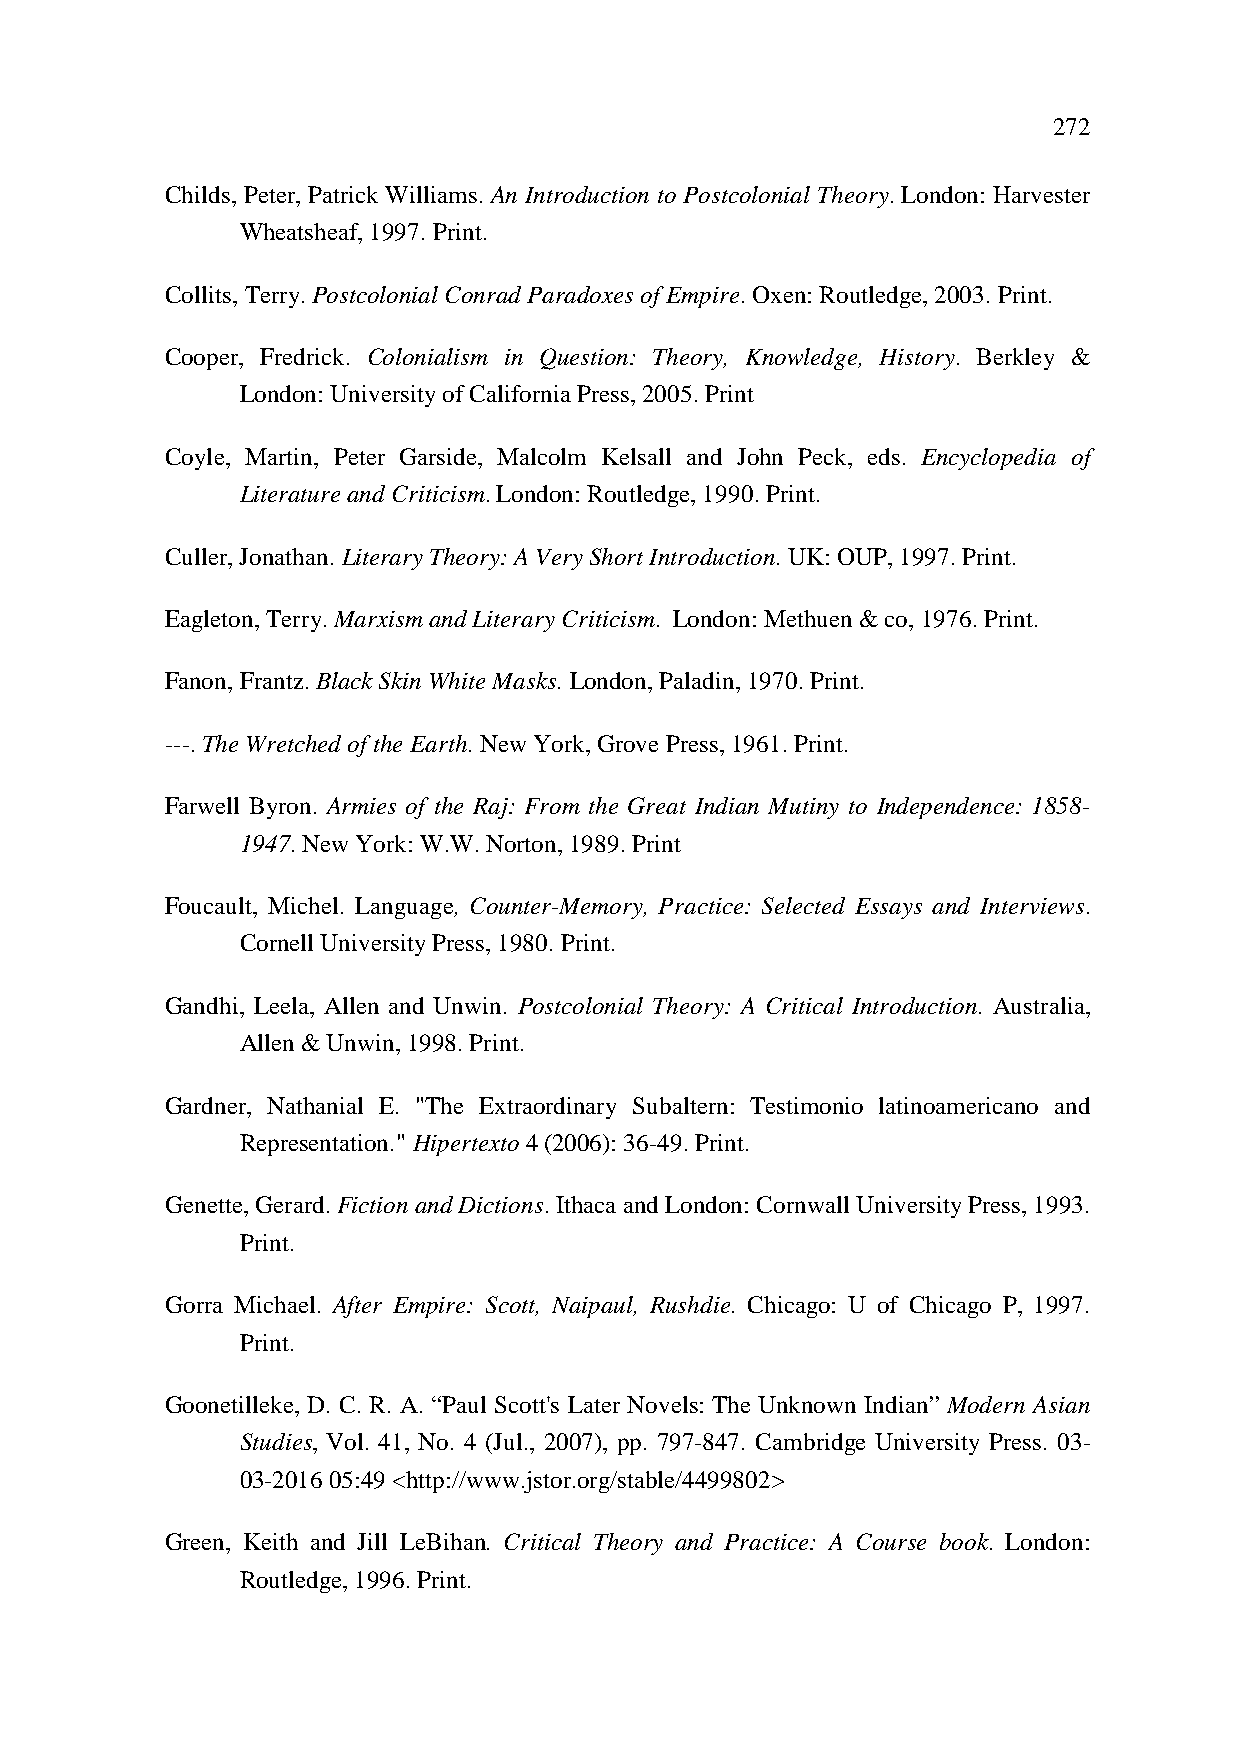
272
 Childs, Peter, Patrick Williams. An Introduction to Postcolonial Theory. London: Harvester
 Wheatsheaf, 1997. Print.
 Collits, Terry. Postcolonial Conrad Paradoxes of Empire. Oxen: Routledge, 2003. Print.
 Cooper, Fredrick. Colonialism in Question: Theory, Knowledge, History. Berkley &
 London: University of California Press, 2005. Print
 Coyle, Martin, Peter Garside, Malcolm Kelsall and John Peck, eds. Encyclopedia of
 Literature and Criticism. London: Routledge, 1990. Print.
 Culler, Jonathan. Literary Theory: A Very Short Introduction. UK: OUP, 1997. Print.
 Eagleton, Terry. Marxism and Literary Criticism. London: Methuen & co, 1976. Print.
 Fanon, Frantz. Black Skin White Masks. London, Paladin, 1970. Print.
 ---. The Wretched of the Earth. New York, Grove Press, 1961. Print.
 Farwell Byron. Armies of the Raj: From the Great Indian Mutiny to Independence: 1858-
 1947. New York: W.W. Norton, 1989. Print
 Foucault, Michel. Language, Counter-Memory, Practice: Selected Essays and Interviews.
 Cornell University Press, 1980. Print.
 Gandhi, Leela, Allen and Unwin. Postcolonial Theory: A Critical Introduction. Australia,
 Allen & Unwin, 1998. Print.
 Gardner, Nathanial E. "The Extraordinary Subaltern: Testimonio latinoamericano and
 Representation." Hipertexto 4 (2006): 36-49. Print.
 Genette, Gerard. Fiction and Dictions. Ithaca and London: Cornwall University Press, 1993.
 Print.
 Gorra Michael. After Empire: Scott, Naipaul, Rushdie. Chicago: U of Chicago P, 1997.
 Print.
 Goonetilleke, D. C. R. A. “Paul Scott's Later Novels: The Unknown Indian” Modern Asian
 Studies, Vol. 41, No. 4 (Jul., 2007), pp. 797-847. Cambridge University Press. 03-
 03-2016 05:49 <http://www.jstor.org/stable/4499802>
 Green, Keith and Jill LeBihan. Critical Theory and Practice: A Course book. London:
 Routledge, 1996. Print.